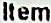
ITEM